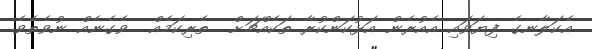
އެކަލާނގެ ފިޔަވައި އެއުރެން އަޅުކަންކުރާ ތަކެއްޗަށް  ތެރިކަމެއް  ވެގެނެއް ނުވެތެވެ.